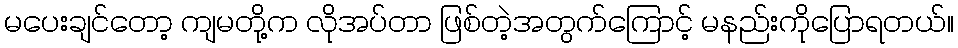
မပေးချင်တော့ ကျမတို့က လိုအပ်တာ ဖြစ်တဲ့အတွက်ကြောင့် မနည်းကိုပြောရတယ်။